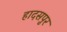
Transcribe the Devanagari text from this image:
हादसपुर